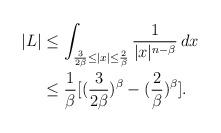
LaTeX: \begin{align*}|L|&\leq\int_{\frac{3}{2\beta}\leq|x|\leq\frac{2}{\beta}}\frac{1}{|x|^{n-\beta}}\,dx\\&\leq\frac{1}{\beta}[(\frac{3}{2\beta})^\beta-(\frac{2}{\beta})^\beta].\end{align*}